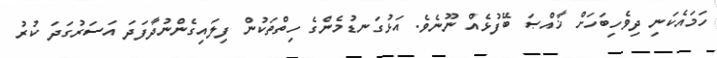
ހަމައެކަނި ދިވެހިބަހަށް ޚާއްޞަ ބޭފުޅެއް ނޫނެވެ. އަޅުގަނޑުމެންގެ ހިތްތަކުން ފިލައިގެންނުދާފަދަ އަސަރުގަދަ ކުރު